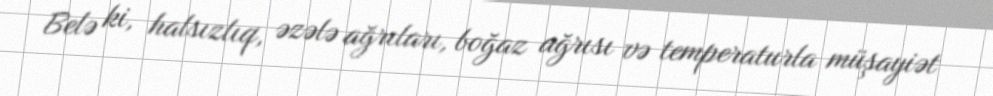
Belə ki, halsızlıq, əzələ ağrıları, boğaz ağrısı və temperaturla müşayiət